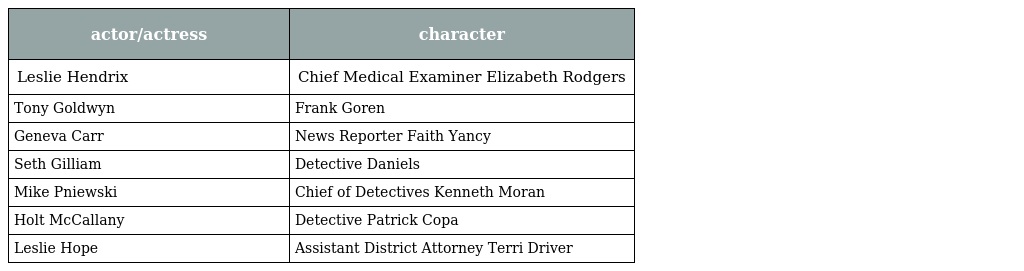
| actor/actress | character |
 | --- | --- |
 | Leslie Hendrix | Chief Medical Examiner Elizabeth Rodgers |
 | Tony Goldwyn | Frank Goren |
 | Geneva Carr | News Reporter Faith Yancy |
 | Seth Gilliam | Detective Daniels |
 | Mike Pniewski | Chief of Detectives Kenneth Moran |
 | Holt McCallany | Detective Patrick Copa |
 | Leslie Hope | Assistant District Attorney Terri Driver |